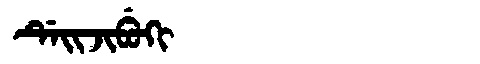
Manchu: ᡩᡝᡳᠵᡳᠪᡠᡴᡳ
Romanization: DEIJIBUKI